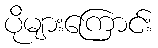
ပိုများကြောင်း